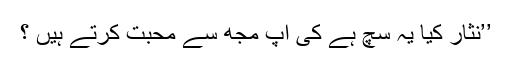
’’نثار کیا یہ سچ ہے کی آپ مجھ سے محبت کرتے ہیں ؟